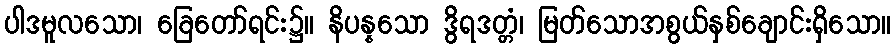
ပါဒမူလသော၊ ခြေတော်ရင်း၌။ နိပန္နသော ဒွိရဒတ္တံ၊ မြတ်သောအစွယ်နှစ်ချောင်းရှိသော။